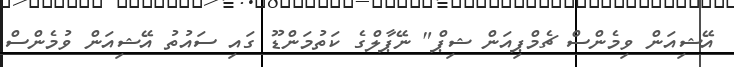
އޭޝިއަން ވިމެންސް ޗެމްޕިއަން ޝިޕް" ނޭޕާލްގެ ކަތުމަންޑޫ ގައި ސައުތު އޭޝިއަން ވުމެންސް